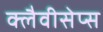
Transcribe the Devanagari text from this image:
क्लैवीसेप्स